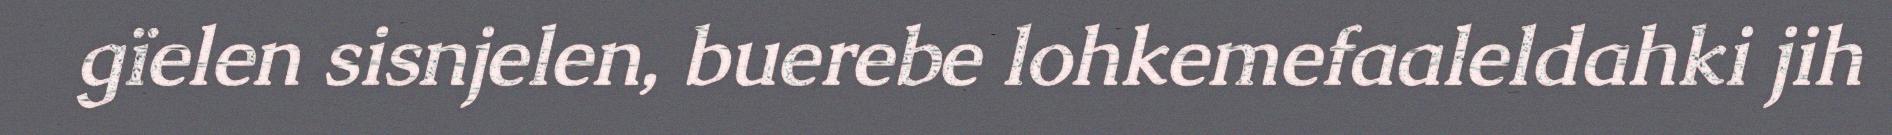
gïelen sisnjelen, buerebe lohkemefaaleldahki jih